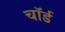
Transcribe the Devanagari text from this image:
चॉर्ड